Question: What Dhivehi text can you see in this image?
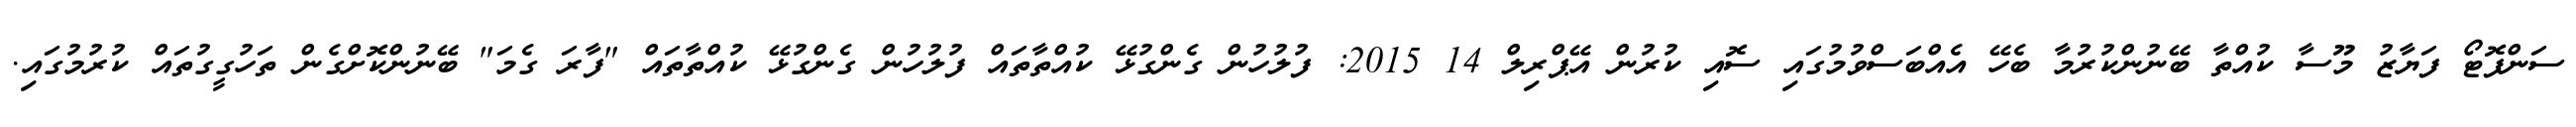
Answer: ސަންފޮޓޯ ފަޔާޒު މޫސާ ކުއްތާ ބޭނުންކުރުމާ ބެހޭ އެއްބަސްވުމުގައި ސޮއި ކުރުން އޭޕްރިލް 14 2015: ފުލުހުން ގެންގުޅޭ ކުއްތާތައް ފުލުހުން ގެންގުޅޭ ކުއްތާތައް "ފާރަ ގެމަ" ބޭނުންކޮށްގެން ތަހުގީގުތައް ކުރުމުގައި.